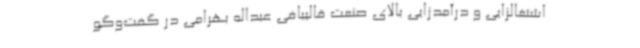
اشتغالزایی و درآمدزایی بالای صنعت قالیبافی عبداله بهرامی در گفت‌وگو